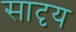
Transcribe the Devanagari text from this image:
सादृय